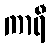
ကာရီ